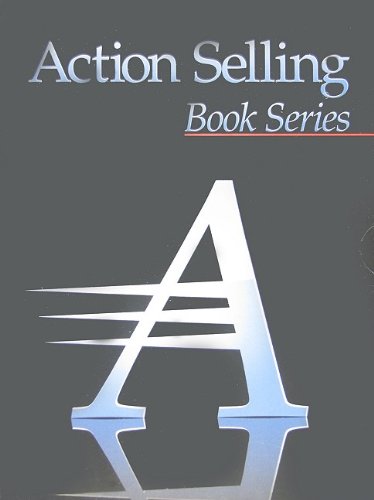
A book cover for The Advanced Selling Skills Series (Advanced Action Selling Book Series, Four-Book); Duane Sparks; Engineering & Transportation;